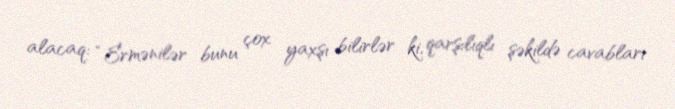
alacaq: “Ermənilər bunu çox yaxşı bilirlər ki, qarşılıqlı şəkildə cavabları